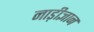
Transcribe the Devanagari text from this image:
नाड़ीज्ञान